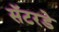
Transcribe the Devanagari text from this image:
सॅटरडे